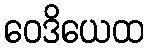
ဝေဒိယေထ